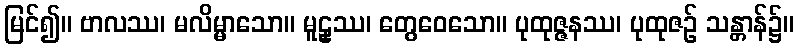
မြင်၍။ ဗာလဿ၊ မလိမ္မာသော။ မူဠှဿ၊ တွေဝေသော။ ပုထုဇ္ဇနဿ၊ ပုထုဇဉ် သန္တာန်၌။